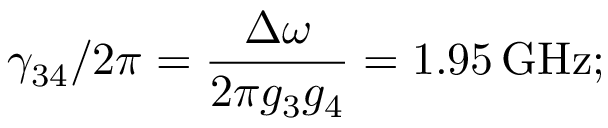
\gamma _ { 3 4 } / 2 \pi = \frac { \Delta \omega } { 2 \pi g _ { 3 } g _ { 4 } } = 1 . 9 5 \, \mathrm { G H z } ;